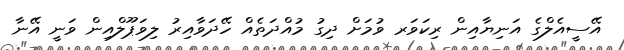
އޭސީއެލްގެ އަނިޔާއިން ރިކަވަރ ވުމަށް ދިގު މުއްދަތެއް ހޭދަވާއިރު ލިވަޕޫލްއިން ވަނީ އޭނާ